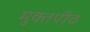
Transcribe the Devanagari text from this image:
मुक्‍तपीठ